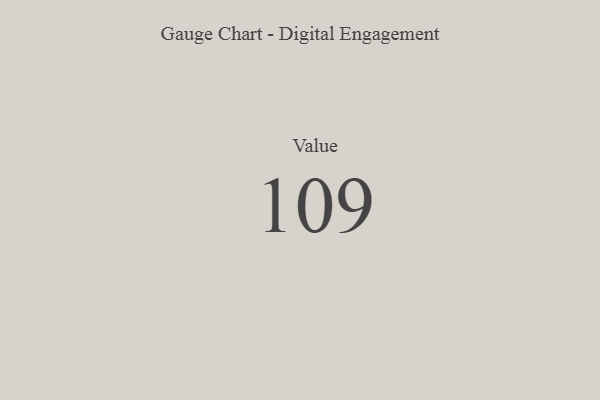
{"axis": {"x": "Metric", "y": "Value"}, "legend": [""], "data": [{"x": "Value", "y": 109, "type": ""}]}